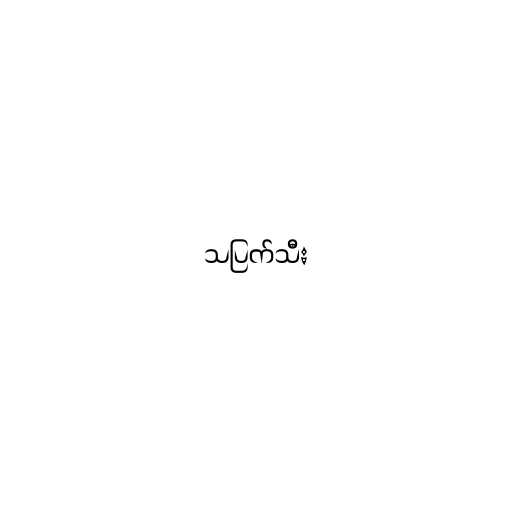
သပြက်သီး